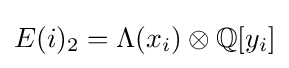
E(i)_{2}=\Lambda (x_{i})\otimes \mathbb {Q} [y_{i}]